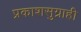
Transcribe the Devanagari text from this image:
प्रकाशसुग्राही